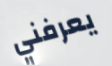
يعرفني